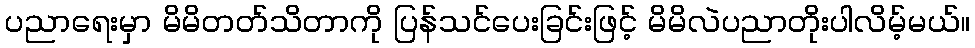
ပညာရေးမှာ မိမိတတ်သိတာကို ပြန်သင်ပေးခြင်းဖြင့် မိမိလဲပညာတိုးပါလိမ့်မယ်။